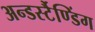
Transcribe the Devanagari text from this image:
अन्डर्स्टैण्डिंग